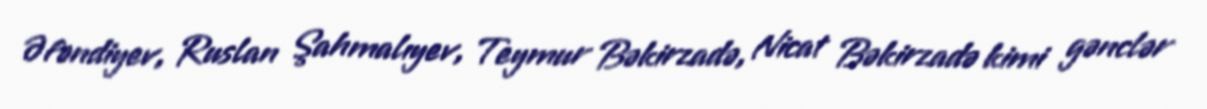
Əfəndiyev, Ruslan Şahmalıyev, Teymur Bəkirzadə, Nicat Bəkirzadə kimi gənclər